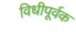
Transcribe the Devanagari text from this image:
विधीपूर्वक